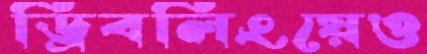
ড্রিবলিংয়েও